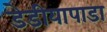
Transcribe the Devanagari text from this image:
डेडीयापाडा